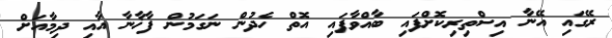
ރޭގައި އޭނާ އިސްތިރިކޮށްފައި ބާއްވާފައި އޮތް ހެދުން ނަގަމުން ފާޚާނާ އާއި ދިމާއަށް